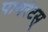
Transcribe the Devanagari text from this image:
पायरेटस्